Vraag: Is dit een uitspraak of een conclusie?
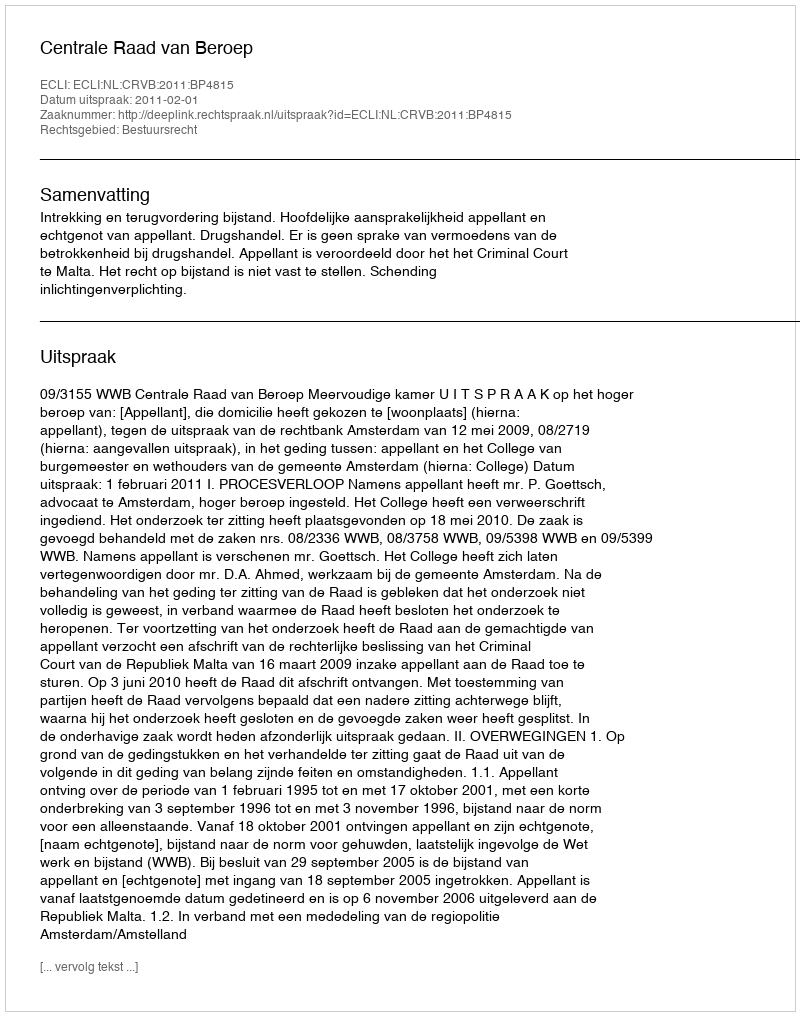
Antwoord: Uitspraak